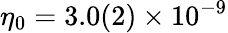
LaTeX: \eta_{0}=3.0(2)\times 10^{-9}